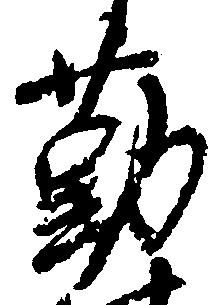
勤